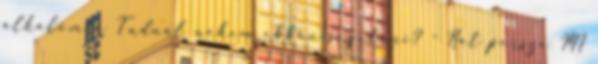
alkalomra Tudnál nekem ebben segíteni? - Hát persze MI